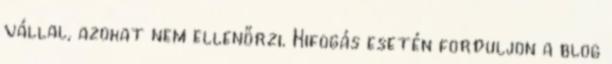
vállal, azokat nem ellenőrzi. Kifogás esetén forduljon a blog